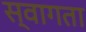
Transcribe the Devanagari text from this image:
स्वागता